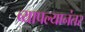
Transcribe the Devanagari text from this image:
व्यापल्यानंतर